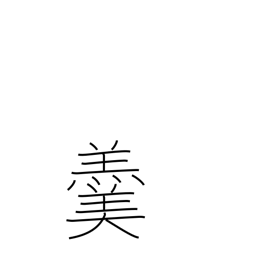
Meaning: hot soup